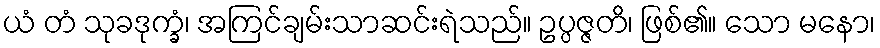
ယံ တံ သုခဒုက္ခံ၊ အကြင်ချမ်းသာဆင်းရဲသည်။ ဥပ္ပဇ္ဇတိ၊ ဖြစ်၏။ သော မနော၊